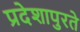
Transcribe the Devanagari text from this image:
प्रदेशापुरते